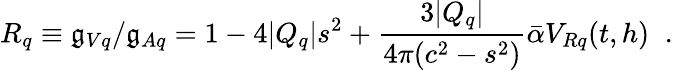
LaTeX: R_{q}\equiv\mathfrak{g}_{Vq}/\mathfrak{g}_{Aq}=1-4|Q_{q}|s^{2}+\frac{{3|Q_{q}|}}{{4\pi(c^{2}-s^{2})}}\bar{{\alpha}}V_{Rq}(t,h)\; \; .